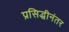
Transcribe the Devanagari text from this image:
प्रसिद्धीनंतर